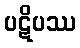
ပဋိပဿ